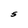
Character: S